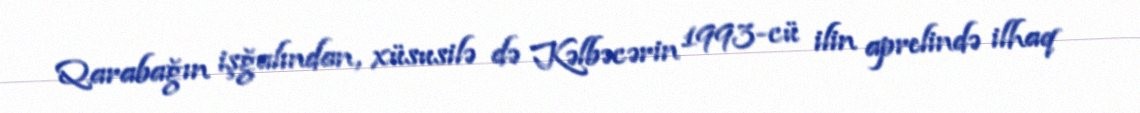
Qarabağın işğalından, xüsusilə də Kəlbəcərin 1993-cü ilin aprelində ilhaq